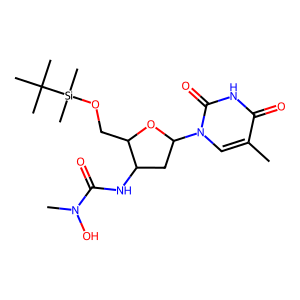
SMILES: Cc1cn(C2CC(NC(=O)N(C)O)C(CO[Si](C)(C)C(C)(C)C)O2)c(=O)[nH]c1=O
Inhibits HIV replication: No